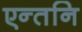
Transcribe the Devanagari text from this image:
एन्तनि